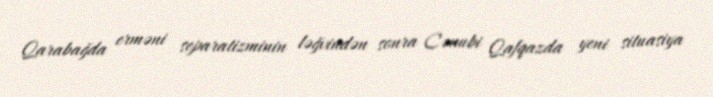
Qarabağda erməni separatizminin ləğvindən sonra Cənubi Qafqazda yeni situasiya